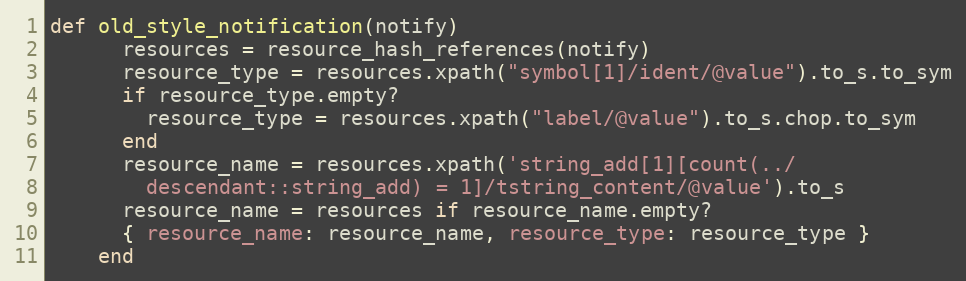
Language: Ruby
def old_style_notification(notify)
      resources = resource_hash_references(notify)
      resource_type = resources.xpath("symbol[1]/ident/@value").to_s.to_sym
      if resource_type.empty?
        resource_type = resources.xpath("label/@value").to_s.chop.to_sym
      end
      resource_name = resources.xpath('string_add[1][count(../
        descendant::string_add) = 1]/tstring_content/@value').to_s
      resource_name = resources if resource_name.empty?
      { resource_name: resource_name, resource_type: resource_type }
    end